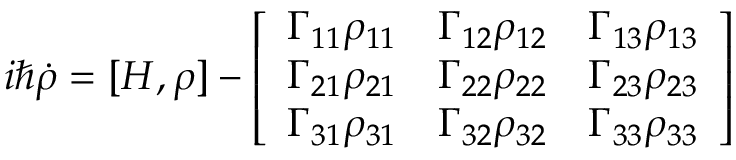
i \hbar \Dot { \rho } = [ H , \rho ] - \left[ \begin{array} { l l l } { \Gamma _ { 1 1 } \rho _ { 1 1 } } & { \Gamma _ { 1 2 } \rho _ { 1 2 } } & { \Gamma _ { 1 3 } \rho _ { 1 3 } } \\ { \Gamma _ { 2 1 } \rho _ { 2 1 } } & { \Gamma _ { 2 2 } \rho _ { 2 2 } } & { \Gamma _ { 2 3 } \rho _ { 2 3 } } \\ { \Gamma _ { 3 1 } \rho _ { 3 1 } } & { \Gamma _ { 3 2 } \rho _ { 3 2 } } & { \Gamma _ { 3 3 } \rho _ { 3 3 } } \end{array} \right]